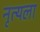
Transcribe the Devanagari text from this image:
नृत्यला